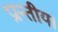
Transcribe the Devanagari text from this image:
प्रान्तीय।